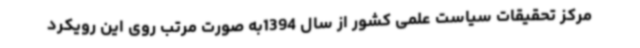
مرکز تحقیقات سیاست علمی کشور از سال 1394به صورت مرتب روی این رویکرد